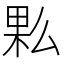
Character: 𰗩